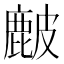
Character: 𥀔